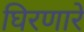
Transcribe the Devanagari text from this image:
घिरणारे